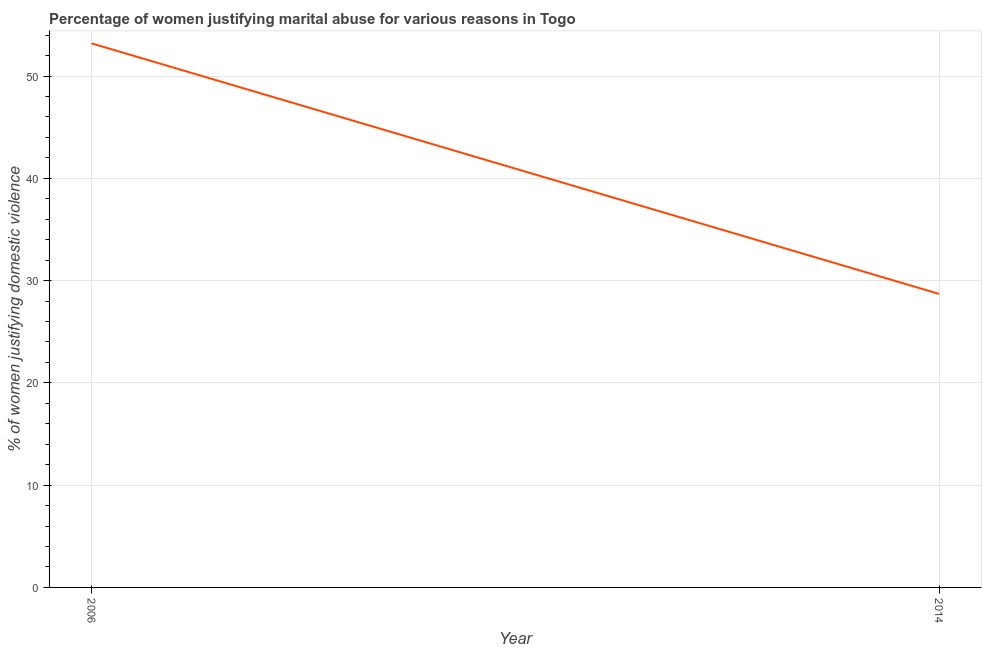
| Year | Physical abuse |
 | --- | --- |
 | 2006 | 53.2 |
 | 2014 | 28.7 |